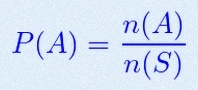
P(A)=\frac{n(A)}{n(S)}